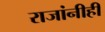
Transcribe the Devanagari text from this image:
राजांनीही